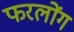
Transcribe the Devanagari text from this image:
फरलोंग